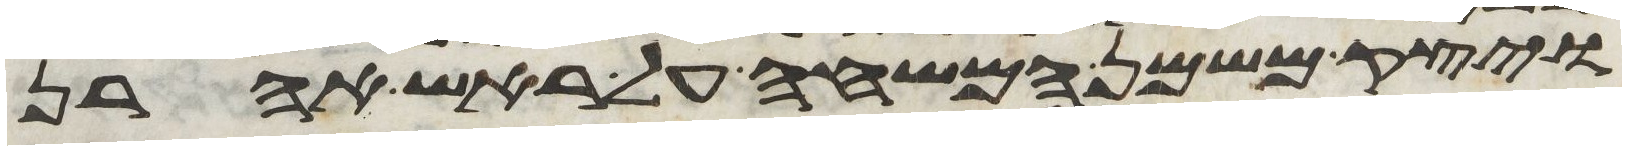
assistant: ויצק משמן המשחה על ראש אהרן